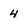
Character: 4